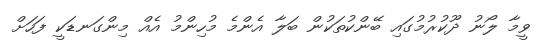
ވީމާ ލޯނު ދޫކުރުމުގައި ބޭންކުތަކުން ބަލާ އެންމެ މުހިންމު އެއް މިންގަނޑަކީ ފަހަށް